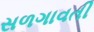
સળગાવતી